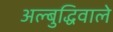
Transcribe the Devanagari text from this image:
अल्बुद्धिवाले